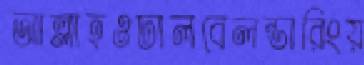
আল্লাহওঢালবেলন্ডারিংয়